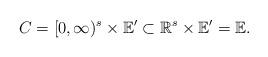
LaTeX: \begin{align*}C = [0,\infty)^s \times \mathbb{E}' \subset \mathbb{R}^s \times \mathbb{E}' = \mathbb{E}.\end{align*}